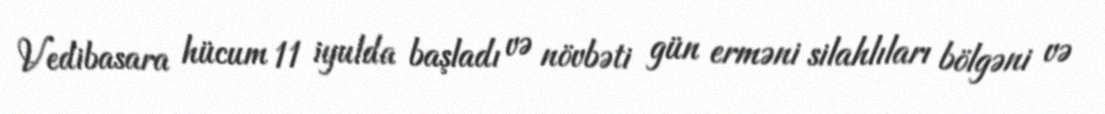
Vedibasara hücum 11 iyulda başladı və növbəti gün erməni silahlıları bölgəni və